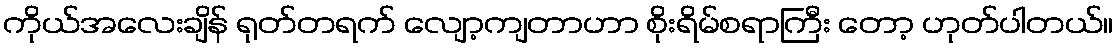
ကိုယ်အလေးချိန် ရုတ်တရက် လျော့ကျတာဟာ စိုးရိမ်စရာကြီး တော့ ဟုတ်ပါတယ်။